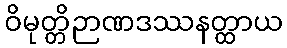
ဝိမုတ္တိဉာဏဒဿနတ္ထာယ